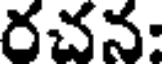
రచన: